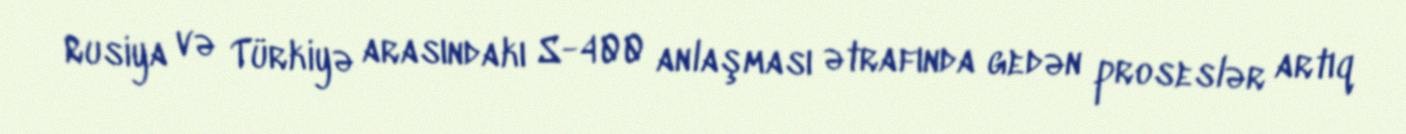
Rusiya və Türkiyə arasındakı S-400 anlaşması ətrafında gedən proseslər artıq